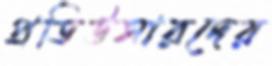
প্রডিউসারদের